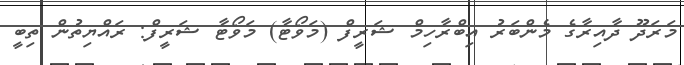
މަރަދޫ ދާއިރާގެ މެންބަރު އިބްރާހިމް ޝަރީފް (މަވޯޓާ) މަވޯޓާ ޝަރީފް: ރައްޔިތުން ތިބީ